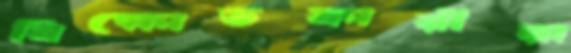
বিক্ষোভকারীরা